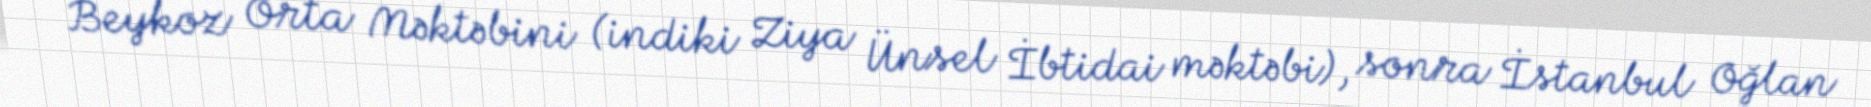
Beykoz Orta Məktəbini (indiki Ziya Ünsel İbtidai məktəbi), sonra İstanbul Oğlan